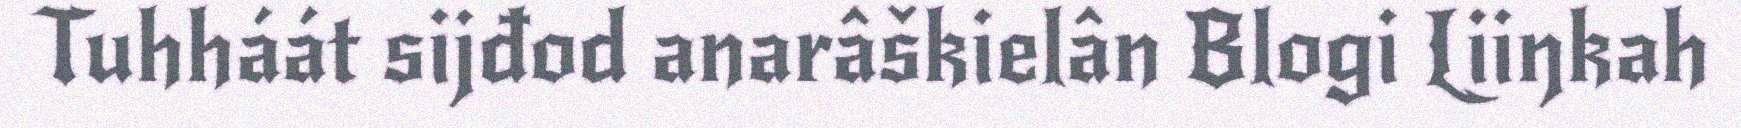
Tuhháát sijđod anarâškielân Blogi Liiŋkah